Annual administration and progress report of the Indian Medical Department, Bombay
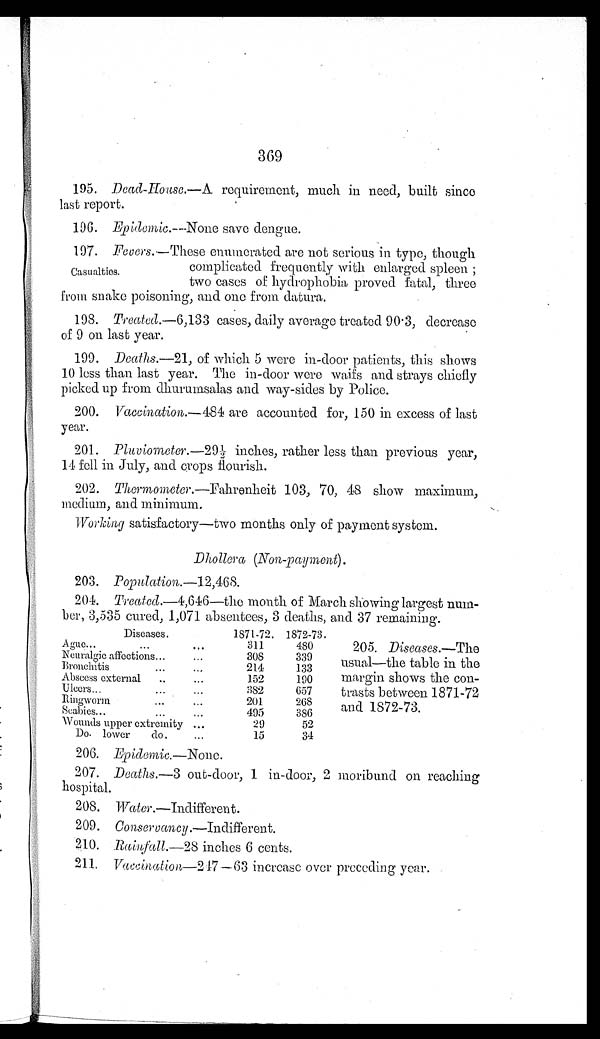
369
195. Dead-House. — A requirement, much in need, built since
last report.
196. Epidemic.—None save dengue.
197. Fevers.—These enumerated are not serious in type, though
complicated frequently with enlarged spleen
Casualties.
two cases of hydrophobia proved fatal, three
from snake poisoning, and one from datura.
198. Treated. —6,133 cases, daily average treated 90.3, decrease
of 9 on last year.
199. Deaths . —21, of which 5 were in-door patients, this shows
10 less than last year. The in-door were waifs and strays chiefly
picked up from dhurumsalas and way-sides by Police.
200.
Vaccination.—484 are accounted for, 150 in excess of last
year.
201. Pluviometer .
—29½
inches, rather less than previous year,
14 fell in July, and crops flourish.
202. Thermometer .—Fahrenheit 103, 70, 48 show maximum,
medium, and minimum.
Working satisfactory—two months only of payment system.
Dhollera (Non-pay ment).
203.
P o p u l a t i o n .
— 1 2 , 4 6 8 .
204. Treated.—4,646—the month of March showing largest num-
-ber, 3,535 cured, 1,071 absentees, 3 deaths, and 37 remaining.
Diseases.
1871-72. 1872-73.
...
Ague......
311
480
Neuralgic affections...
308
339
Bronchitis...
. .
2 1 4
133
Abscess external
..
...
152
190
Ulcers......
3 8 2
657
Ringworm
...
...
201
268
Scabies......
4 9 5
386
Wounds upper extremity ...
29
52
Do. lower
do.
...
15
34
205. Diseases. —The
usual—the table in the
margin shows the con-
trasts between 1871-72
and 1872-73.
206. Epidemic. —None.
207. Deaths.
—
3 out-door, 1 in-door, 2 moribund on reaching
hospital.
208.
Water.—Indifferent.
209. Conser vancy. —Indifferent.
210. Rainfall-411.—28 inches 6 cents.
211. Vaccination-247 —63 increase over preceding year.